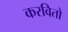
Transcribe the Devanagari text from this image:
करवितो